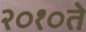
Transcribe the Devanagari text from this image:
२०१०ते